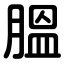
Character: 膃